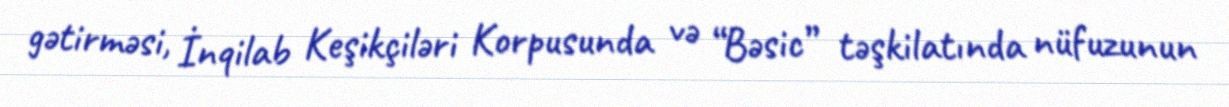
gətirməsi, İnqilab Keşikçiləri Korpusunda və “Bəsic” təşkilatında nüfuzunun